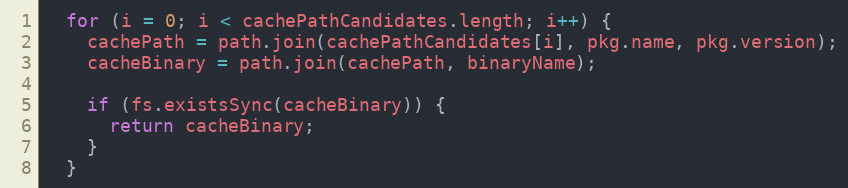
Language: JavaScript
  for (i = 0; i < cachePathCandidates.length; i++) {
    cachePath = path.join(cachePathCandidates[i], pkg.name, pkg.version);
    cacheBinary = path.join(cachePath, binaryName);

    if (fs.existsSync(cacheBinary)) {
      return cacheBinary;
    }
  }